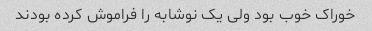
خوراک خوب بود ولی یک نوشابه را فراموش کرده بودند